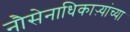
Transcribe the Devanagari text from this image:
नौसेनाधिकाऱ्यांच्या